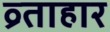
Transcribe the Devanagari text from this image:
व्र्ताहार